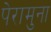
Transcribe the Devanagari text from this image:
पेरामुना